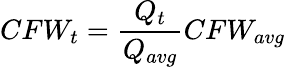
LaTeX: CFW_{t}=\frac{Q_{t}}{Q_{avg}}CFW_{avg}